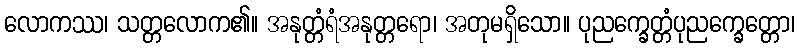
လောကဿ၊ သတ္တလောက၏။ အနုတ္တံရံအနုတ္တရော၊ အတုမရှိသော။ ပုညက္ခေတ္တံပုညက္ခေတ္တော၊